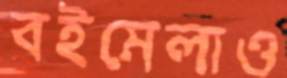
বইমেলাও